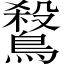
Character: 𪄅